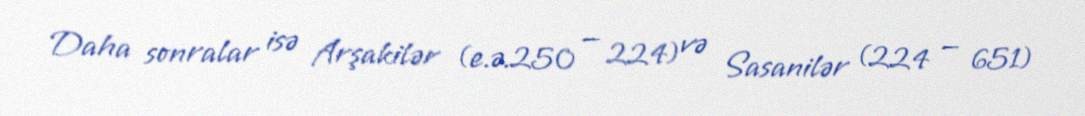
Daha sonralar isə Arşakilər (e.ə.250 — 224) və Sasanilər (224 — 651)